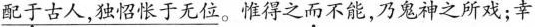
\underline{配于古人，独怊怅于无位}。惟得之而不能，乃鬼神之所戏；幸